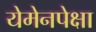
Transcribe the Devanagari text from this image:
येमेनपेक्षा